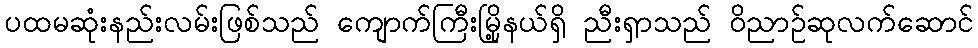
ပထမဆုံးနည်းလမ်းဖြစ်သည် ကျောက်ကြီးမြို့နယ်ရှိ ညီးရှာသည် ဝိညာဉ်ဆုလက်ဆောင်